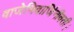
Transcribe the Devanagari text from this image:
वाजेभिवार्जिनीवती।